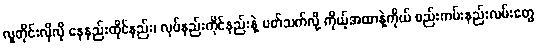
လူတိုင်းလိုလို နေနည်းထိုင်နည်း၊ လုပ်နည်းကိုင်နည်းနဲ့ ပတ်သက်လို့ ကိုယ့်အထာနဲ့ကိုယ် စည်းကမ်းနည်းလမ်းတွေ